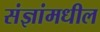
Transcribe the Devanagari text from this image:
संज्ञांमधील